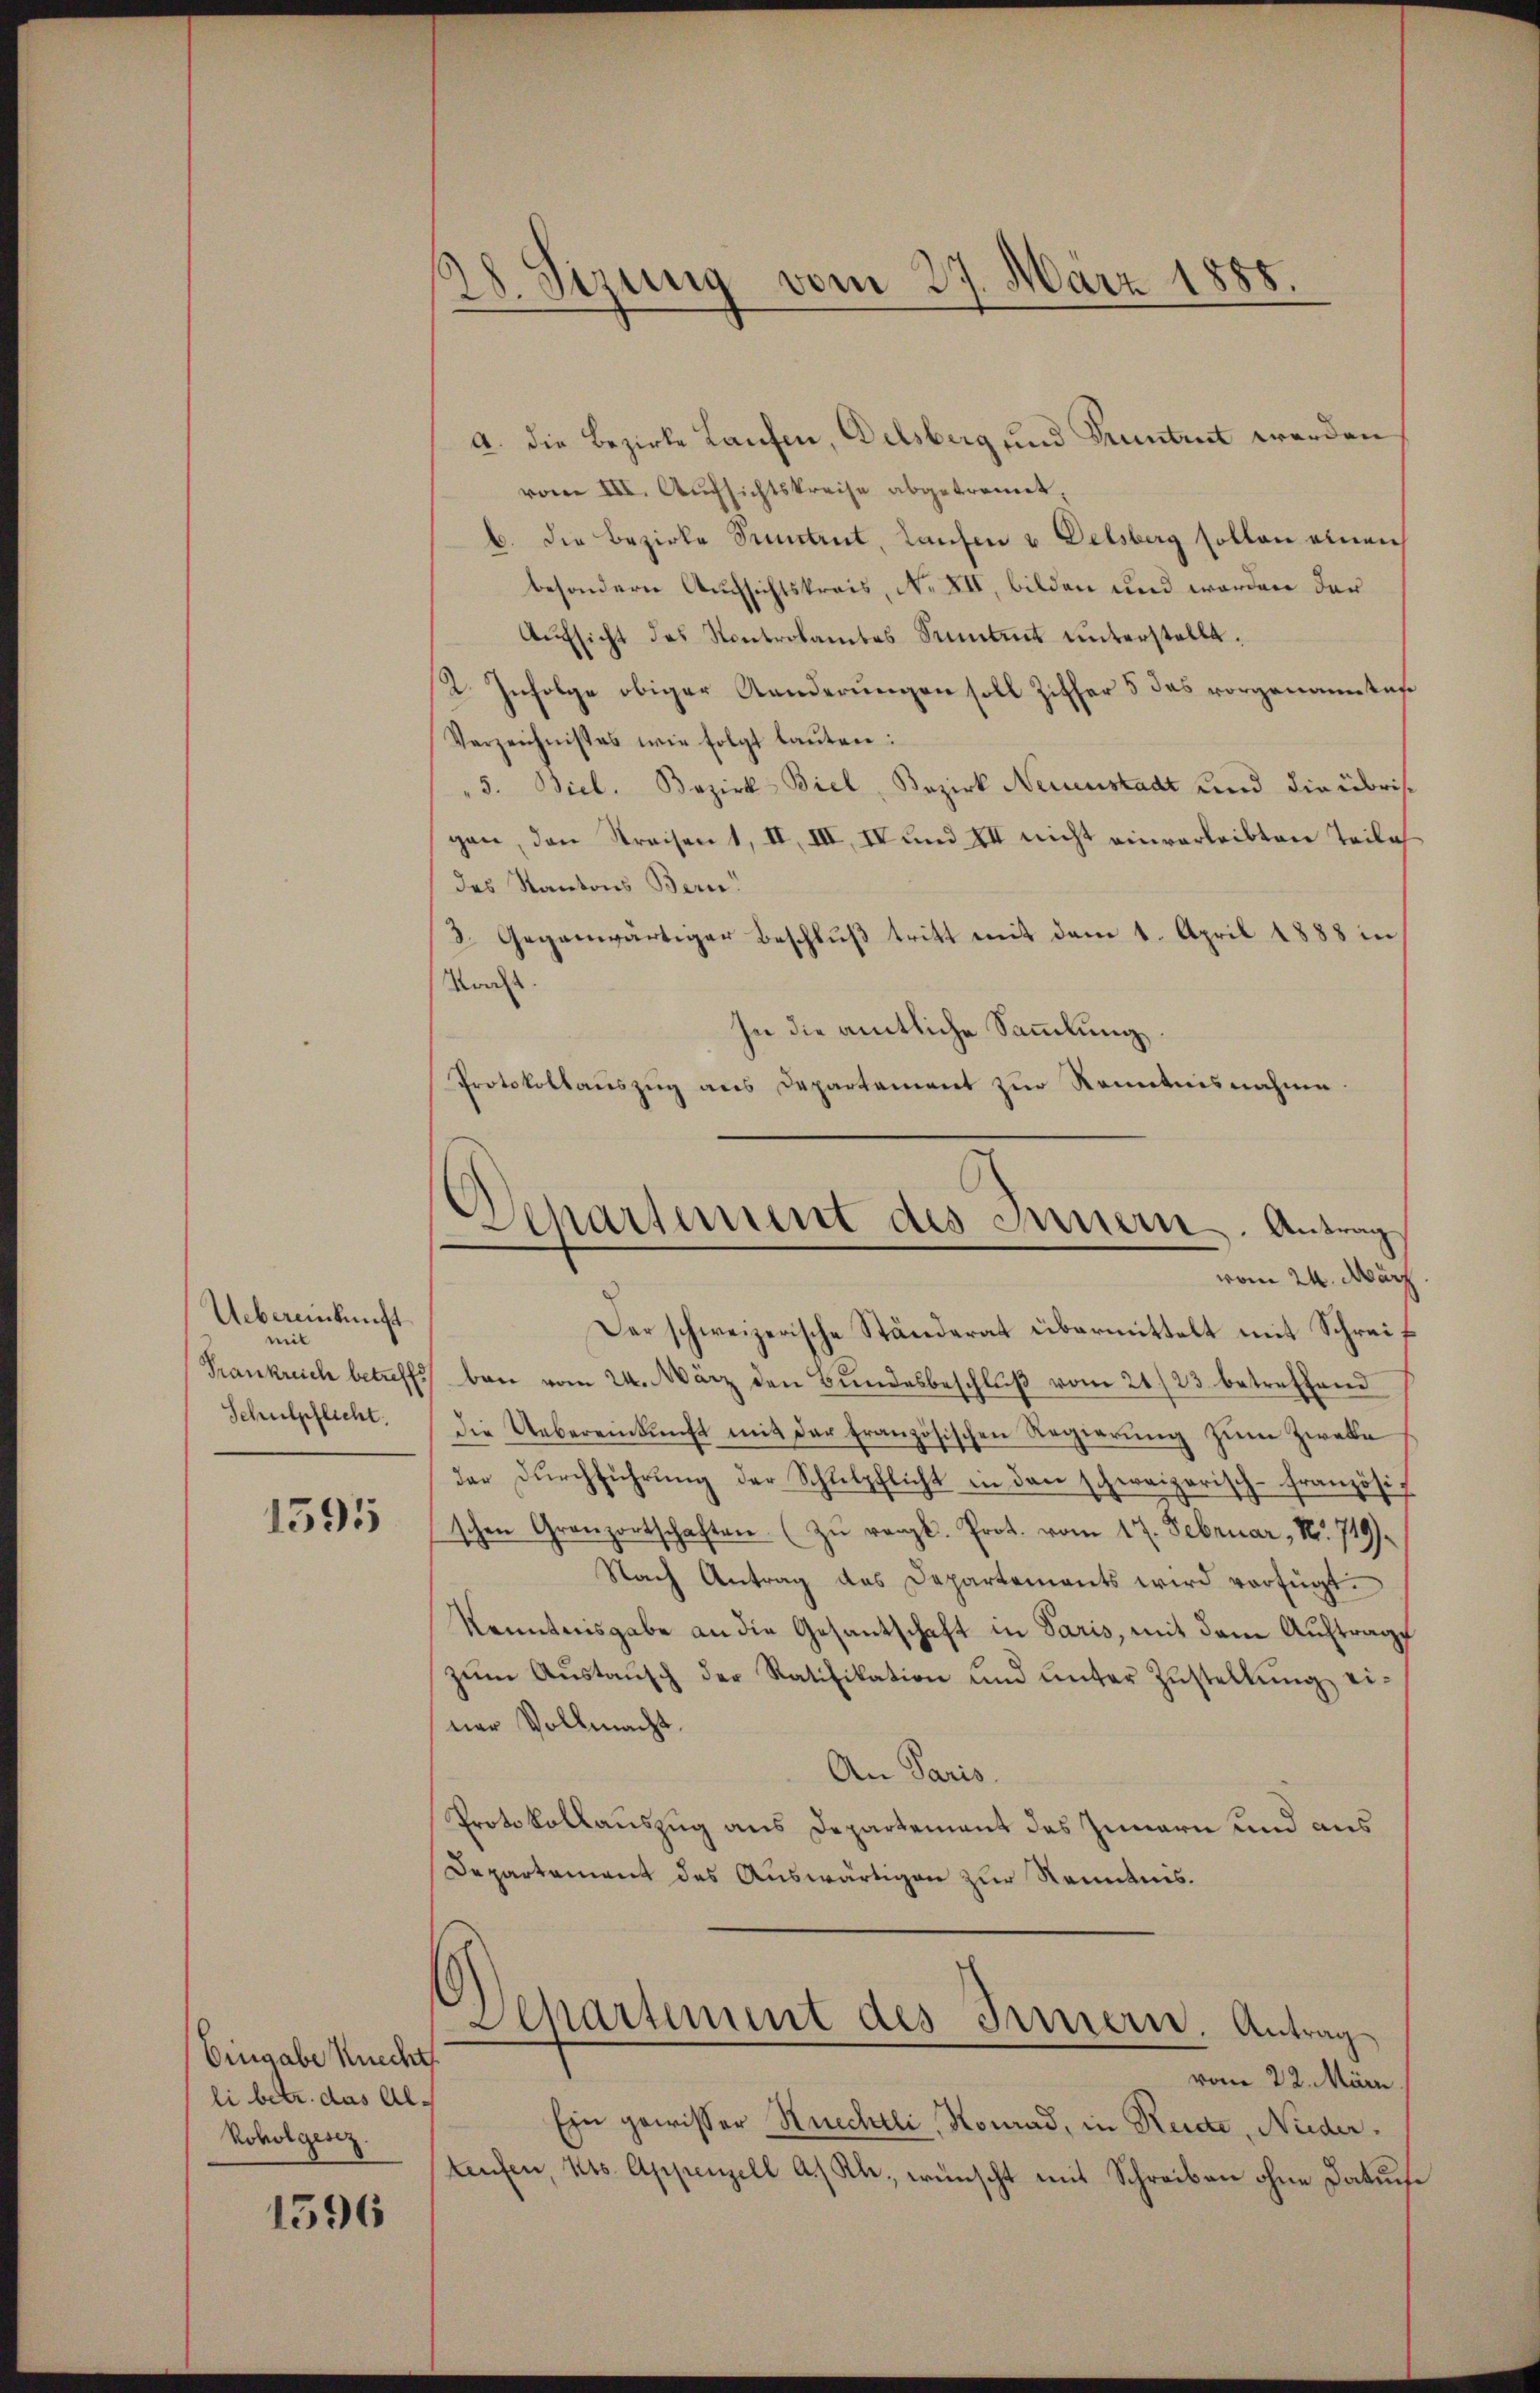
Uebereinkunft
mit
Frankreich betreffs
Schulpflicht.

1591

Eingabe Knecht
li betr. das Al¬
Roholgesez

1596

8.
28. Sizung vom 27. März 1

a. die Bezirke Laufen, Delsberg und Truntrut werden
vom III. Aufsichtskreise abgetrennet,
6. die Bezirke Simetent, Laufen u Delsberg sollen einen
besondern Aufsichtskreis, No XII, bilden und worden der
Aŭfsicht des Kontrolamtes Sentent unterstellt.
2. Infolge obiger Aenderungen soll Zither 5 des vorgenannten
Verzeichnisses wie folgt laŭten:
" 5. Biel. Bezirk Biel, Bezirk Neuenstadt und die übrigen, den Kreisen 1, II, III, IV und VII nicht einverleibten Teile
des Kantons Bern!
3. Gegenwärtiger Beschluß tritt mit dem 1. April 1888 in
Kral
In die amtliche Sammlung
Protokollauszug aus Departement zur Kenntnisnahme

Der schweizerische Ständerat übermittelt mit Schreiben vom 24. März den Bundesbeschluß vom 21./23. betreffend
Die Uebereinkunft mit der französischen Regierung zum Zwecke
der Durchführung der Schlelpflicht in den schweizerisch-französischen Granzortschaften. (Zu renzl. Prot. vom 17. Februar, No. 719)
Nach Antrag des Departements wird verfügt.
Kenntnisgabe an die Gesantschaft in Paris, mit dem Auftrage
zum Austausch der Ratifikation und unter Zustellung einer Vollmacht.
An Paris.
Protokollauszug aus Departement des Innern und aus
Departement des Auswärtigen zur Kenntnis.
Departement des Innern. Antrag
vom 22. März
Ein gewisser Ruechtli, Konrad, in Reide, Nieder.
teufen, Kts. Appenzell a. Rh., wünscht mit Schreiben ohne Datus¬

Departement des Innern. Antrag
vom 24. März